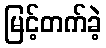
မြင့်တက်ခဲ့